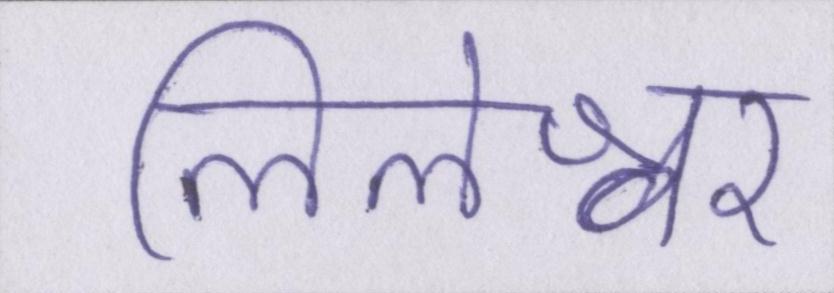
लिलेश्वर